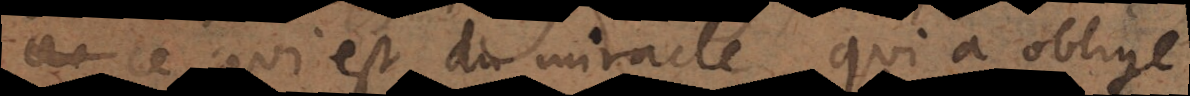
ce qui est du miracle qui a obligé